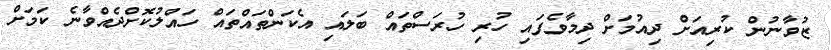
ޒުވާނުން ކުރިއަށް ދިއުމަށް ދިމާވެފައި ހުރި ހުރަސްތައް ބަލައި އެކަންތައްތައް ހައްލުކޮށްދެއްވާނެ ކަމަށް